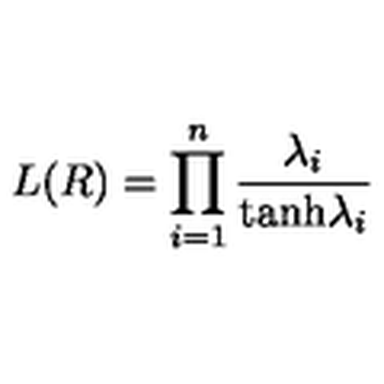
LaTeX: L ( R ) = \prod _ { i = 1 } ^ { n } { \frac { \lambda _ { i } } { \mathrm { t a n h } \lambda _ { i } } }